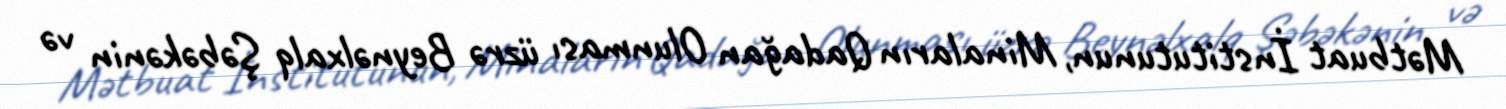
Mətbuat İnstitutunun, Minaların Qadağan Olunması üzrə Beynəlxalq Şəbəkənin və